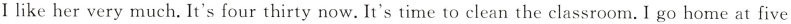
Ⅰ like her very much.It's four thirty now. It's time to clean the classroom. I go home at five